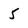
Character: 5